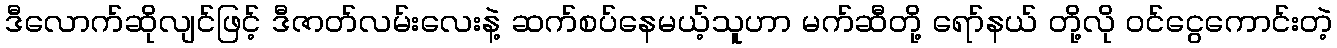
ဒီလောက်ဆိုလျင်ဖြင့် ဒီဇာတ်လမ်းလေးနဲ့ ဆက်စပ်နေမယ့်သူဟာ မက်ဆီတို့ ရော်နယ် တို့လို ဝင်ငွေကောင်းတဲ့